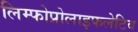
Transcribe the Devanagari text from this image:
लिम्फोप्रोलाइफलेटिव